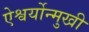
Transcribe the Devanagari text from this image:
ऐश्वर्योन्मुखी